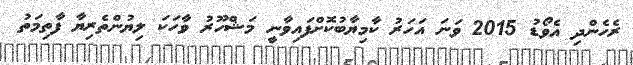
ރެހެންދި އެވޯޑު 2015 ވަނަ އަހަރު ކާމިޔާބުކޮށްފައިވާނީ މަޝްހޫރު ވާހަކަ ލިޔުންތެރިޔާ ފާތިމަތު